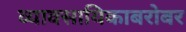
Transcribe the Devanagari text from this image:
व्यावसायिकाबरोबर